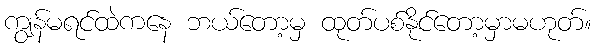
ကျွန်မရင်ထဲကနေ ဘယ်တော့မှ ထုတ်ပစ်နိုင်တော့မှာမဟုတ်။